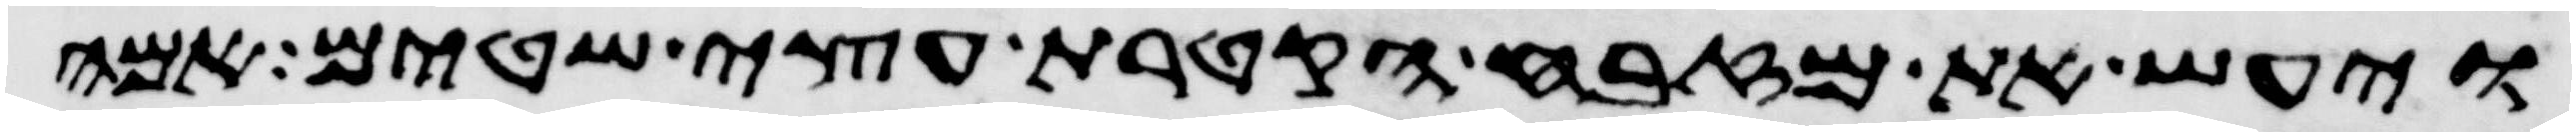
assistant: ויעש את מזבח הקטרת עצי שטים אמה